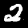
Label: 2